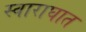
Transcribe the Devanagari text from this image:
स्वाराघात